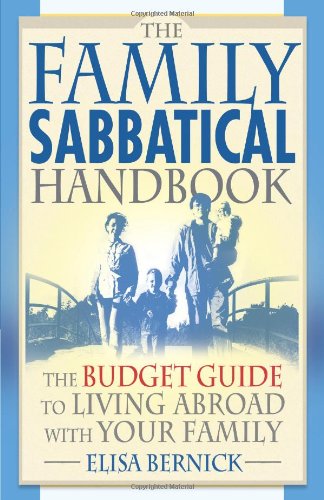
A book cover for The Family Sabbatical Handbook: The Budget Guide To Living Abroad With Your Family; Elisa Bernick; Travel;